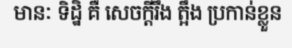
មានៈ ទិដ្ឋិ គឺ សេចក្តីរឹង ត្អឹង ប្រកាន់ខ្លួន